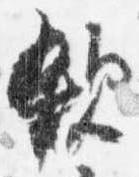
親